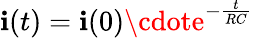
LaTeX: \mathbf{i}(t)=\mathbf{i}(0)\cdote^{-\frac{{t}}{{RC}}}